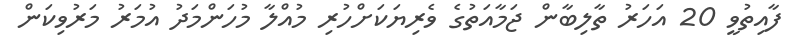
ފާއިތުވީ 20 އަހަރު ތާލިބާން ޖަމާއަތުގެ ވެރިޔަކަށްހުރި މުއްލާ މުހަންމަދު އުމަރު މަރުވިކަން